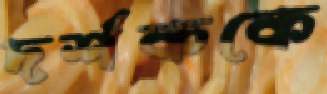
দর্শককে